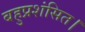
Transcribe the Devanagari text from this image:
बहुप्रशंसित।